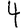
Digit: 4